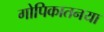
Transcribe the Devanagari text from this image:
गोपिकातनया